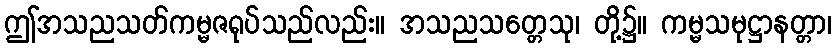
ဤအသညသတ်ကမ္မဇရုပ်သည်လည်း။ အသညသတ္တေသု၊ တို့၌။ ကမ္မသမုဋ္ဌာနတ္တာ၊